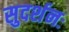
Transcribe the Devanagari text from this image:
सुदर्शनः